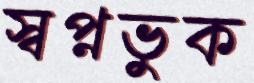
স্বপ্নভুক